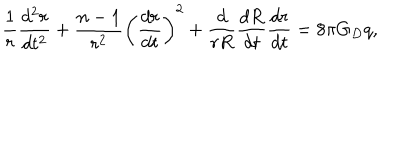
LaTeX: \frac { 1 } { r } \frac { d ^ { 2 } r } { d t ^ { 2 } } + \frac { n - 1 } { r ^ { 2 } } \left( \frac { d r } { d t } \right) ^ { 2 } + \frac { d } { r R } \frac { d R } { d t } \frac { d r } { d t } = 8 \pi G _ { D } q ,